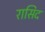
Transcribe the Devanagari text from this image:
रासिद